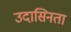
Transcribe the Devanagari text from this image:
उदासिनता